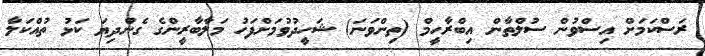
ރަސްކަމަށް އިސްވުން ސުލްޠާން އިބްރާހީމް (ތިންވަނަ) ޝަހީދުވުމަށްފަހު މަލާބާރީންގެ ގެންދިޔަ ކަޅު ތުއްކަލާ